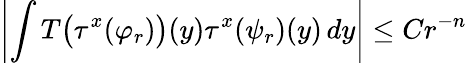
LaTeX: \left|\int T{\bigl(}\tau^{x}(\varphi_{r}){\bigr)}(y)\tau^{x}(\psi_{r})(y)\, dy\right|\leq Cr^{-n}